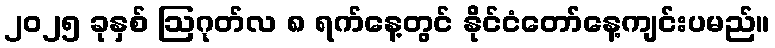
၂၀၂၅ ခုနှစ် ဩဂုတ်လ ၈ ရက်နေ့တွင် နိုင်ငံတော်နေ့ကျင်းပမည်။